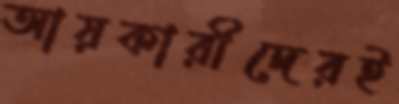
আয়কারীদেরই